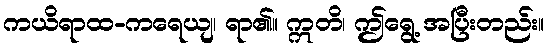
ကယိရာထ-ကရေယျ၊ ရာ၏။ ဣတိ၊ ဤရွေ့ အပြီးတည်း။